Problem: 2 × 6 = ?
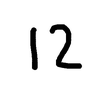
Handwritten answer: 12